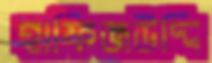
হাফিজউদ্দি